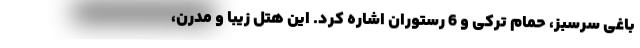
باغی سرسبز، حمام ترکی و 6 رستوران اشاره کرد. این هتل زیبا و مدرن،